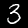
Digit: 3